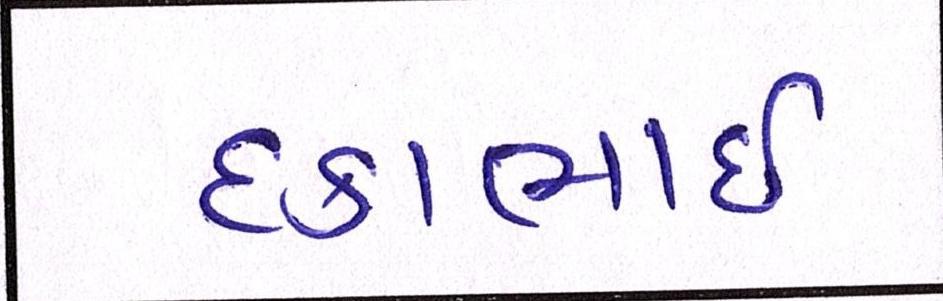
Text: દકાભાઈ